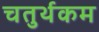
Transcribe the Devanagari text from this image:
चतुर्थकम